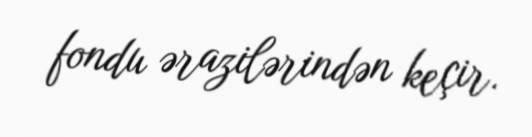
fondu ərazilərindən keçir.